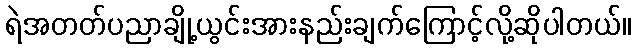
ရဲအတတ်ပညာချို့ယွင်းအားနည်းချက်ကြောင့်လို့ဆိုပါတယ်။